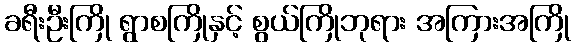
ခရီးဦးကြို ရွာစကြိုနှင့် စွယ်ကြိုဘုရား အကြားအကြို